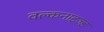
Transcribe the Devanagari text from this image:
वल्कनाइज्ड